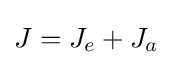
J=J_{e}+J_{a}